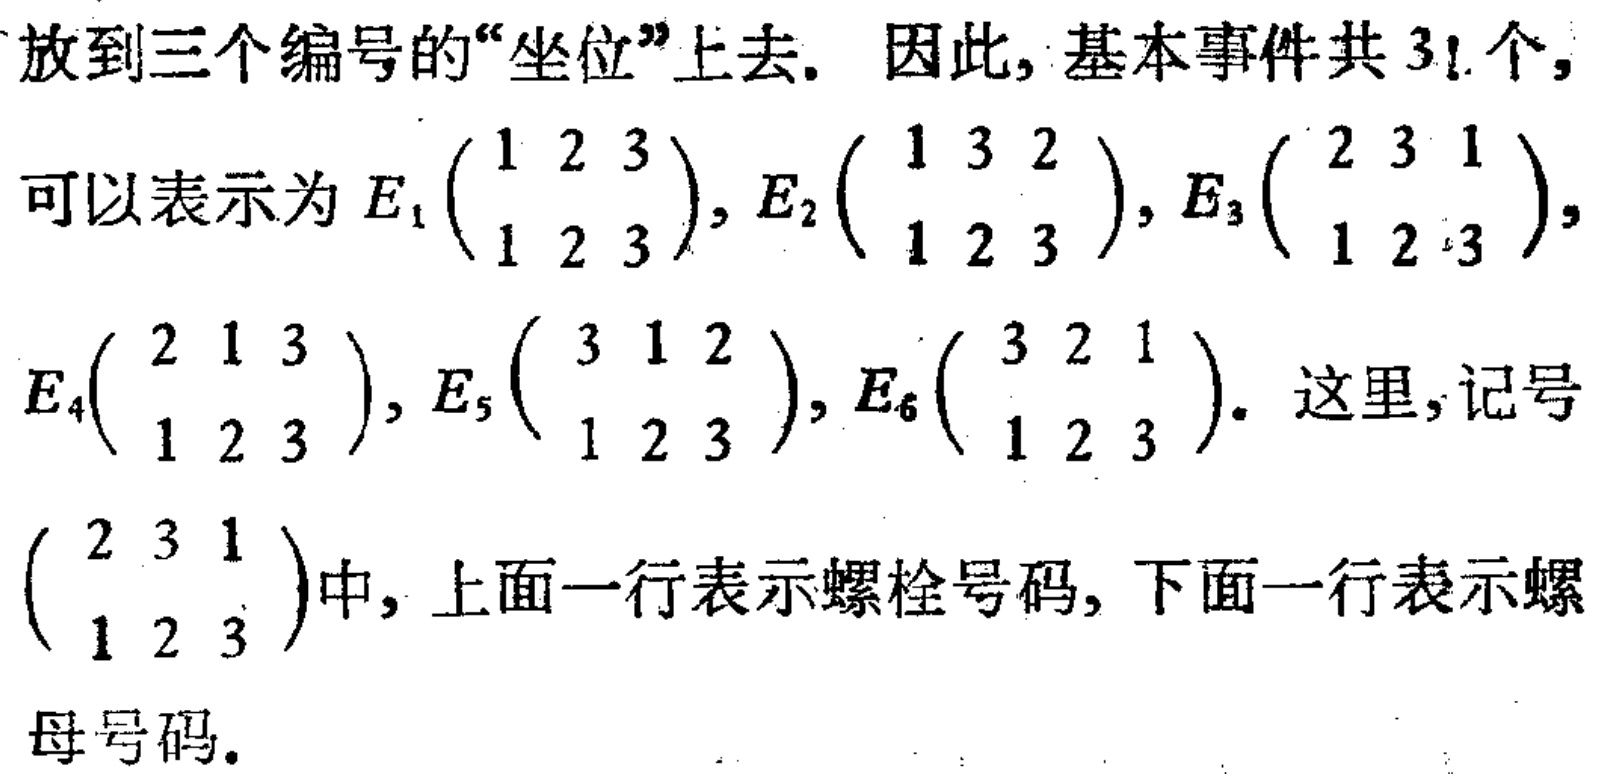
放到三个编号的“座位”上去. 因此, 基本事件共 \(3!\) 个,

可以表示为 \(E_1\begin{pmatrix}1&2&3\\1&2&3\end{pmatrix}, E_2\begin{pmatrix}1&3&2\\1&2&3\end{pmatrix}, E_3\begin{pmatrix}2&3&1\\1&2&3\end{pmatrix},\)

\(E_4\begin{pmatrix}2&1&3\\1&2&3\end{pmatrix}, E_5\begin{pmatrix}3&1&2\\1&2&3\end{pmatrix}, E_6\begin{pmatrix}3&2&1\\1&2&3\end{pmatrix}.\) 这里, 记号

\(\begin{pmatrix}2&3&1\\1&2&3\end{pmatrix}\)中, 上面一行表示螺栓号码, 下面一行表示螺

母号码.